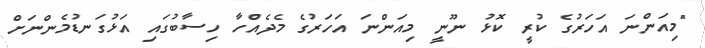
"މިއަންނަ އަހަރުގެ ކުރީ ކޮޅު ނޫނީ މިއަންނަ އަހަރުގެ މެދެއްހާ ހިސާބުގައި އަޅުގަނޑުމެންނަށް